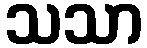
သသာ